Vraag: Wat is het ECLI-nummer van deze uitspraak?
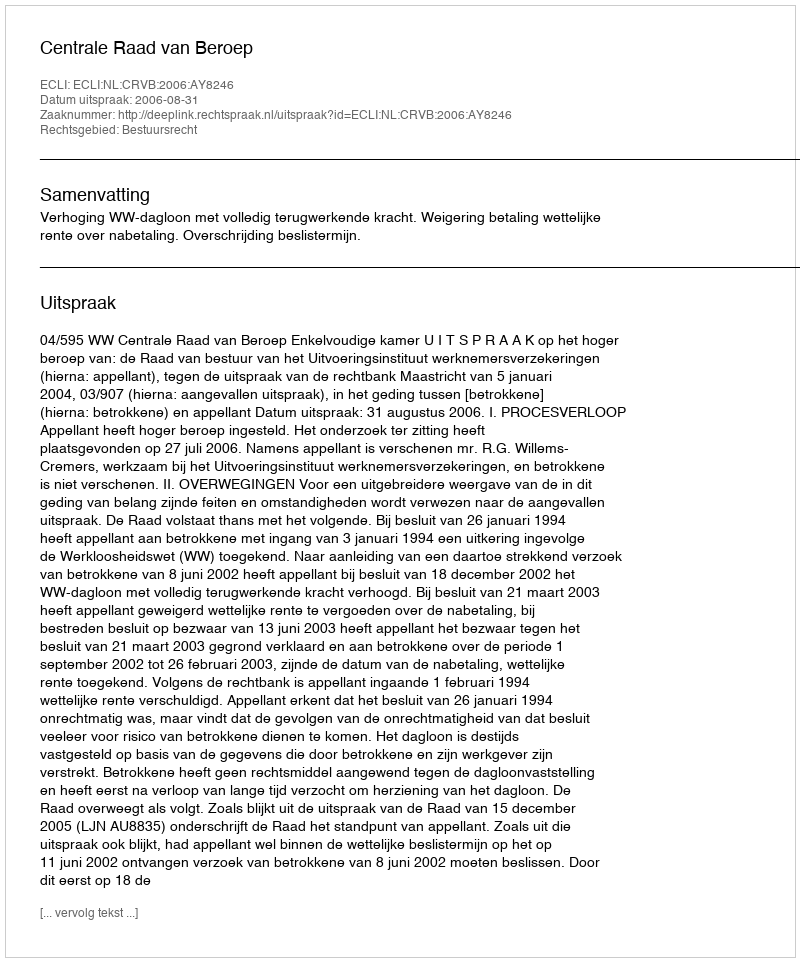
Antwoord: ECLI:NL:CRVB:2006:AY8246